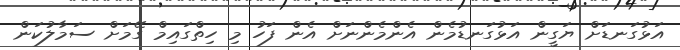
އަޅުގަނޑަށް ޔަގީން އަޅުގަނޑުމެން އެންމެންނަށް އެން ފަހު މި ހިތްގައިމް ގޭމަށް ސަމާލުކަން